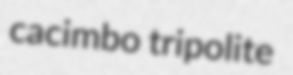
cacimbo tripolite